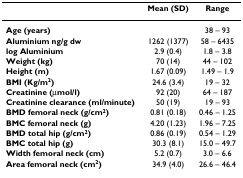
|  | Mean (SD) | Range |
 | --- | --- | --- |
 | Age (years) |  | 38 – 93 |
 | Aluminium ng/g dw | 1262 (1377) | 58 – 6435 |
 | log Aluminium | 2.9 (0.4) | 1.8 – 3.8 |
 | Weight (kg) | 70 (14) | 44 – 102 |
 | Height (m) | 1.67 (0.09) | 1.49 – 1.9 |
 | BMI (Kg/m2) | 24.6 (3.4) | 19 – 32 |
 | Creatinine (μmol/l) | 92 (20) | 64 – 187 |
 | Creatinine clearance (ml/minute) | 50 (19) | 19 – 93 |
 | BMD femoral neck (g/cm2) | 0.81 (0.18) | 0.46 – 1.25 |
 | BMC femoral neck (g) | 4.20 (1.23) | 1.96 – 7.25 |
 | BMD total hip (g/cm2) | 0.86 (0.19) | 0.54 – 1.29 |
 | BMC total hip (g) | 30.3 (8.1) | 15.0 – 49.7 |
 | Width femoral neck (cm) | 5.2 (0.7) | 3.0 – 6.6 |
 | Area femoral neck (cm2) | 34.9 (4.0) | 26.6 – 46.4 |